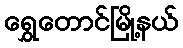
ရွှေတောင်မြို့နယ်